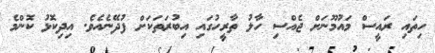
ހިތައި ރައީސް މައުމޫނަށް ޖެއްސި ހާލު ތާރީހުގައި އިބުރަތަކަށް ފުދޭނެއެވެ. އިދިކޮޅު ކޮންމެ